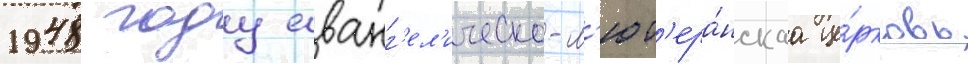
1948 году еванг'ел'ическо-л'ют'ера́нскаа це́рковь